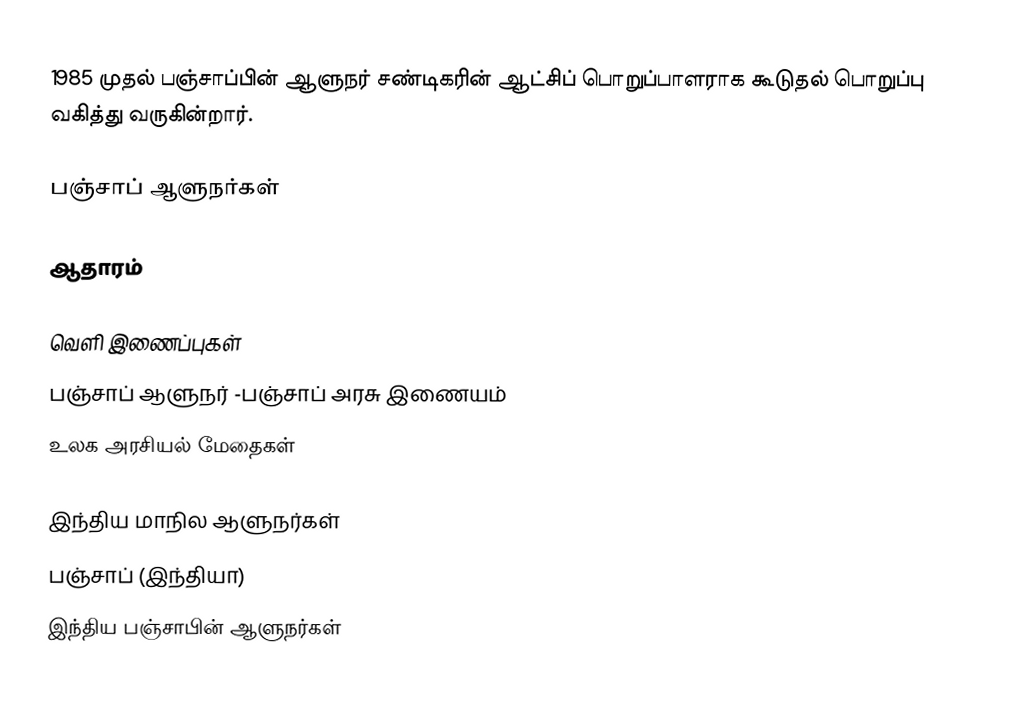
1985 முதல் பஞ்சாப்பின் ஆளுநர் சண்டிகரின் ஆட்சிப் பொறுப்பாளராக கூடுதல் பொறுப்பு வகித்து வருகின்றார்.

பஞ்சாப் ஆளுநர்கள்

ஆதாரம்

வெளி இணைப்புகள்
 பஞ்சாப் ஆளுநர் -பஞ்சாப் அரசு இணையம்
 உலக அரசியல் மேதைகள்

இந்திய மாநில ஆளுநர்கள்
பஞ்சாப் (இந்தியா)
இந்திய பஞ்சாபின் ஆளுநர்கள்